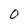
Character: O